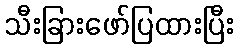
သီးခြားဖော်ပြထားပြီး